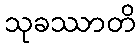
သုခဿာတိ